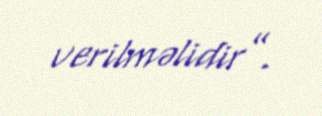
verilməlidir”.